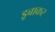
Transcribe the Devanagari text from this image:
डूबाकर